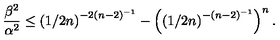
\frac { \beta ^ { 2 } } { \alpha ^ { 2 } } \le \left( 1 / 2 n \right) ^ { - 2 \left( n - 2 \right) ^ { - 1 } } - \left( \left( 1 / 2 n \right) ^ { - \left( n - 2 \right) ^ { - 1 } } \right) ^ { n } .